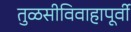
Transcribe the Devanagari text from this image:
तुळसीविवाहापूर्वी